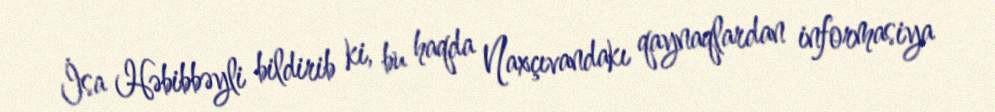
İsa Həbibbəyli bildirib ki, bu haqda Naxçıvandakı qaynaqlardan informasiya